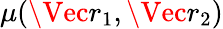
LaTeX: \mu(\Vec{{r}_{1}},\Vec{{r}_{2}})